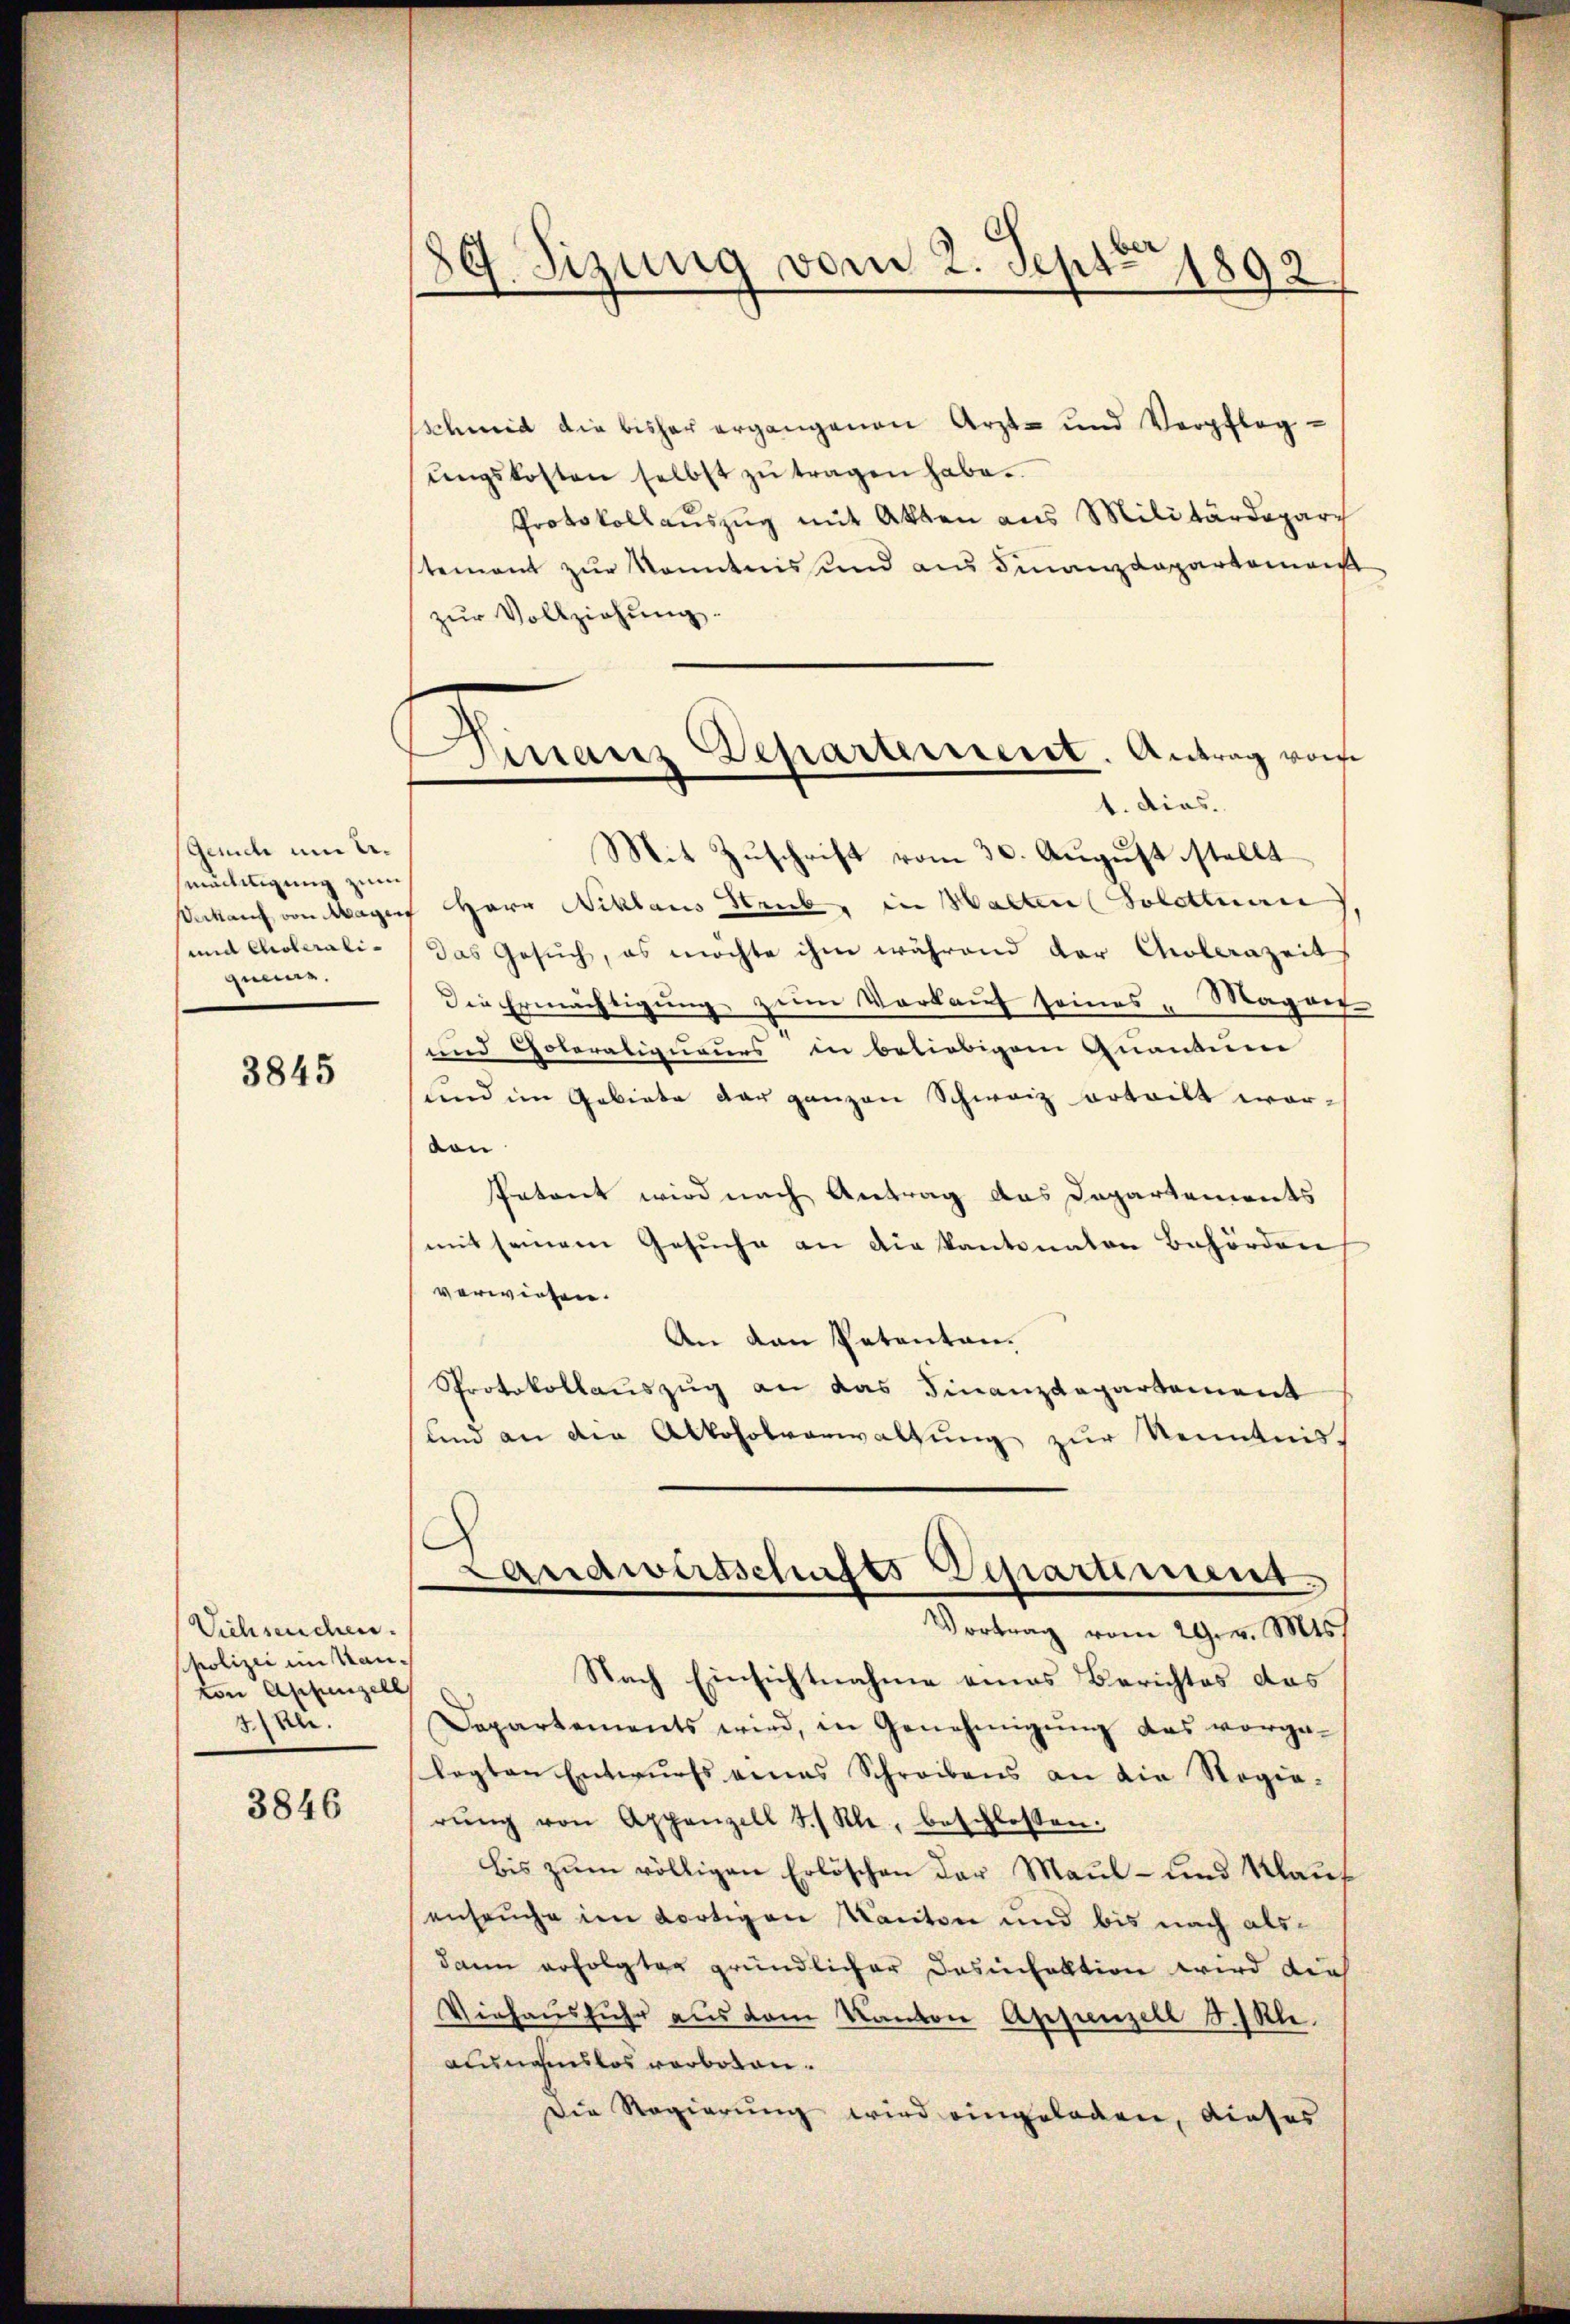
Gerich um A
mädigung zum
und Choleraliqunar.

3845

Viehseuchen.
Pholizei im Kanton Appenzell
7.

3846

f. Sizung vom 2. Sept. 1892

Finanz Departement. Antrag vom
1. dies.

schmid die bisher ergangenen Arzt- und Verpfleg-
ŭngskosten selbst zŭ tragen habe.
Protokollauszug mit Akten aus Militärdeparch
tement zur Kenntnis und aus Finanzdepartemen
zur Vollziehung.
Mit Zuschrift vom 30. August stellt
Sekauf von Magen Herr Niklaus Strieb, in Walten (Solothurn
das Gesuch, es möchte ihm während der Cholerazeit
Die Ermächtigŭng zum Vorkauf seines „Magant
und Goleraligneurs in beliebigem Quantum
und im Gebiete der ganzen Schweiz erteilt worvon
Petont wird nach Antrag das Departements
mit seinem Gesuche an die Kantonaten Behörden
verwiesen.
An den Patenten.
Protokollauszug an das Finanzdepartement
und an die Alkoholverwaltung zur Kenntnis
Landwirtschusts Departement
Vortrag vom 29. v. Mts.
Nach Einsichtnahme eines Berichtes das
Departements wird, in Genehmigung das vorgelegten Entwurfs eines Schreibens an die Regie-
rŭng von Appenzell I. Kle, beschlossen:
bis zum völligen Erlöschen der Maul- und Kauf
enseuche im fortigen Kanton und bis nach alsdann erfolgter gründlicher Desinfektion wird die
Viehaŭsfŭhr aus dem Kanton Appenzell T.-Rli.
Ausnahmslos verboten.
Die Regierung wird eingeladen, dieses